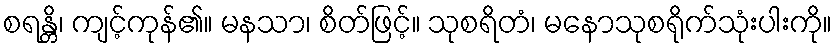
စရန္တိ၊ ကျင့်ကုန်၏။ မနသာ၊ စိတ်ဖြင့်။ သုစရိတံ၊ မနောသုစရိုက်သုံးပါးကို။